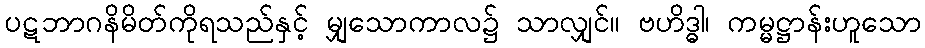
ပဋဘာဂနိမိတ်ကိုရသည်နှင့် မျှသောကာလ၌ သာလျှင်။ ဗဟိဒ္ဓါ၊ ကမ္မဋ္ဌာန်းဟူသော